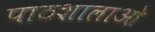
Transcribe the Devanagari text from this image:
पाठशालाओ